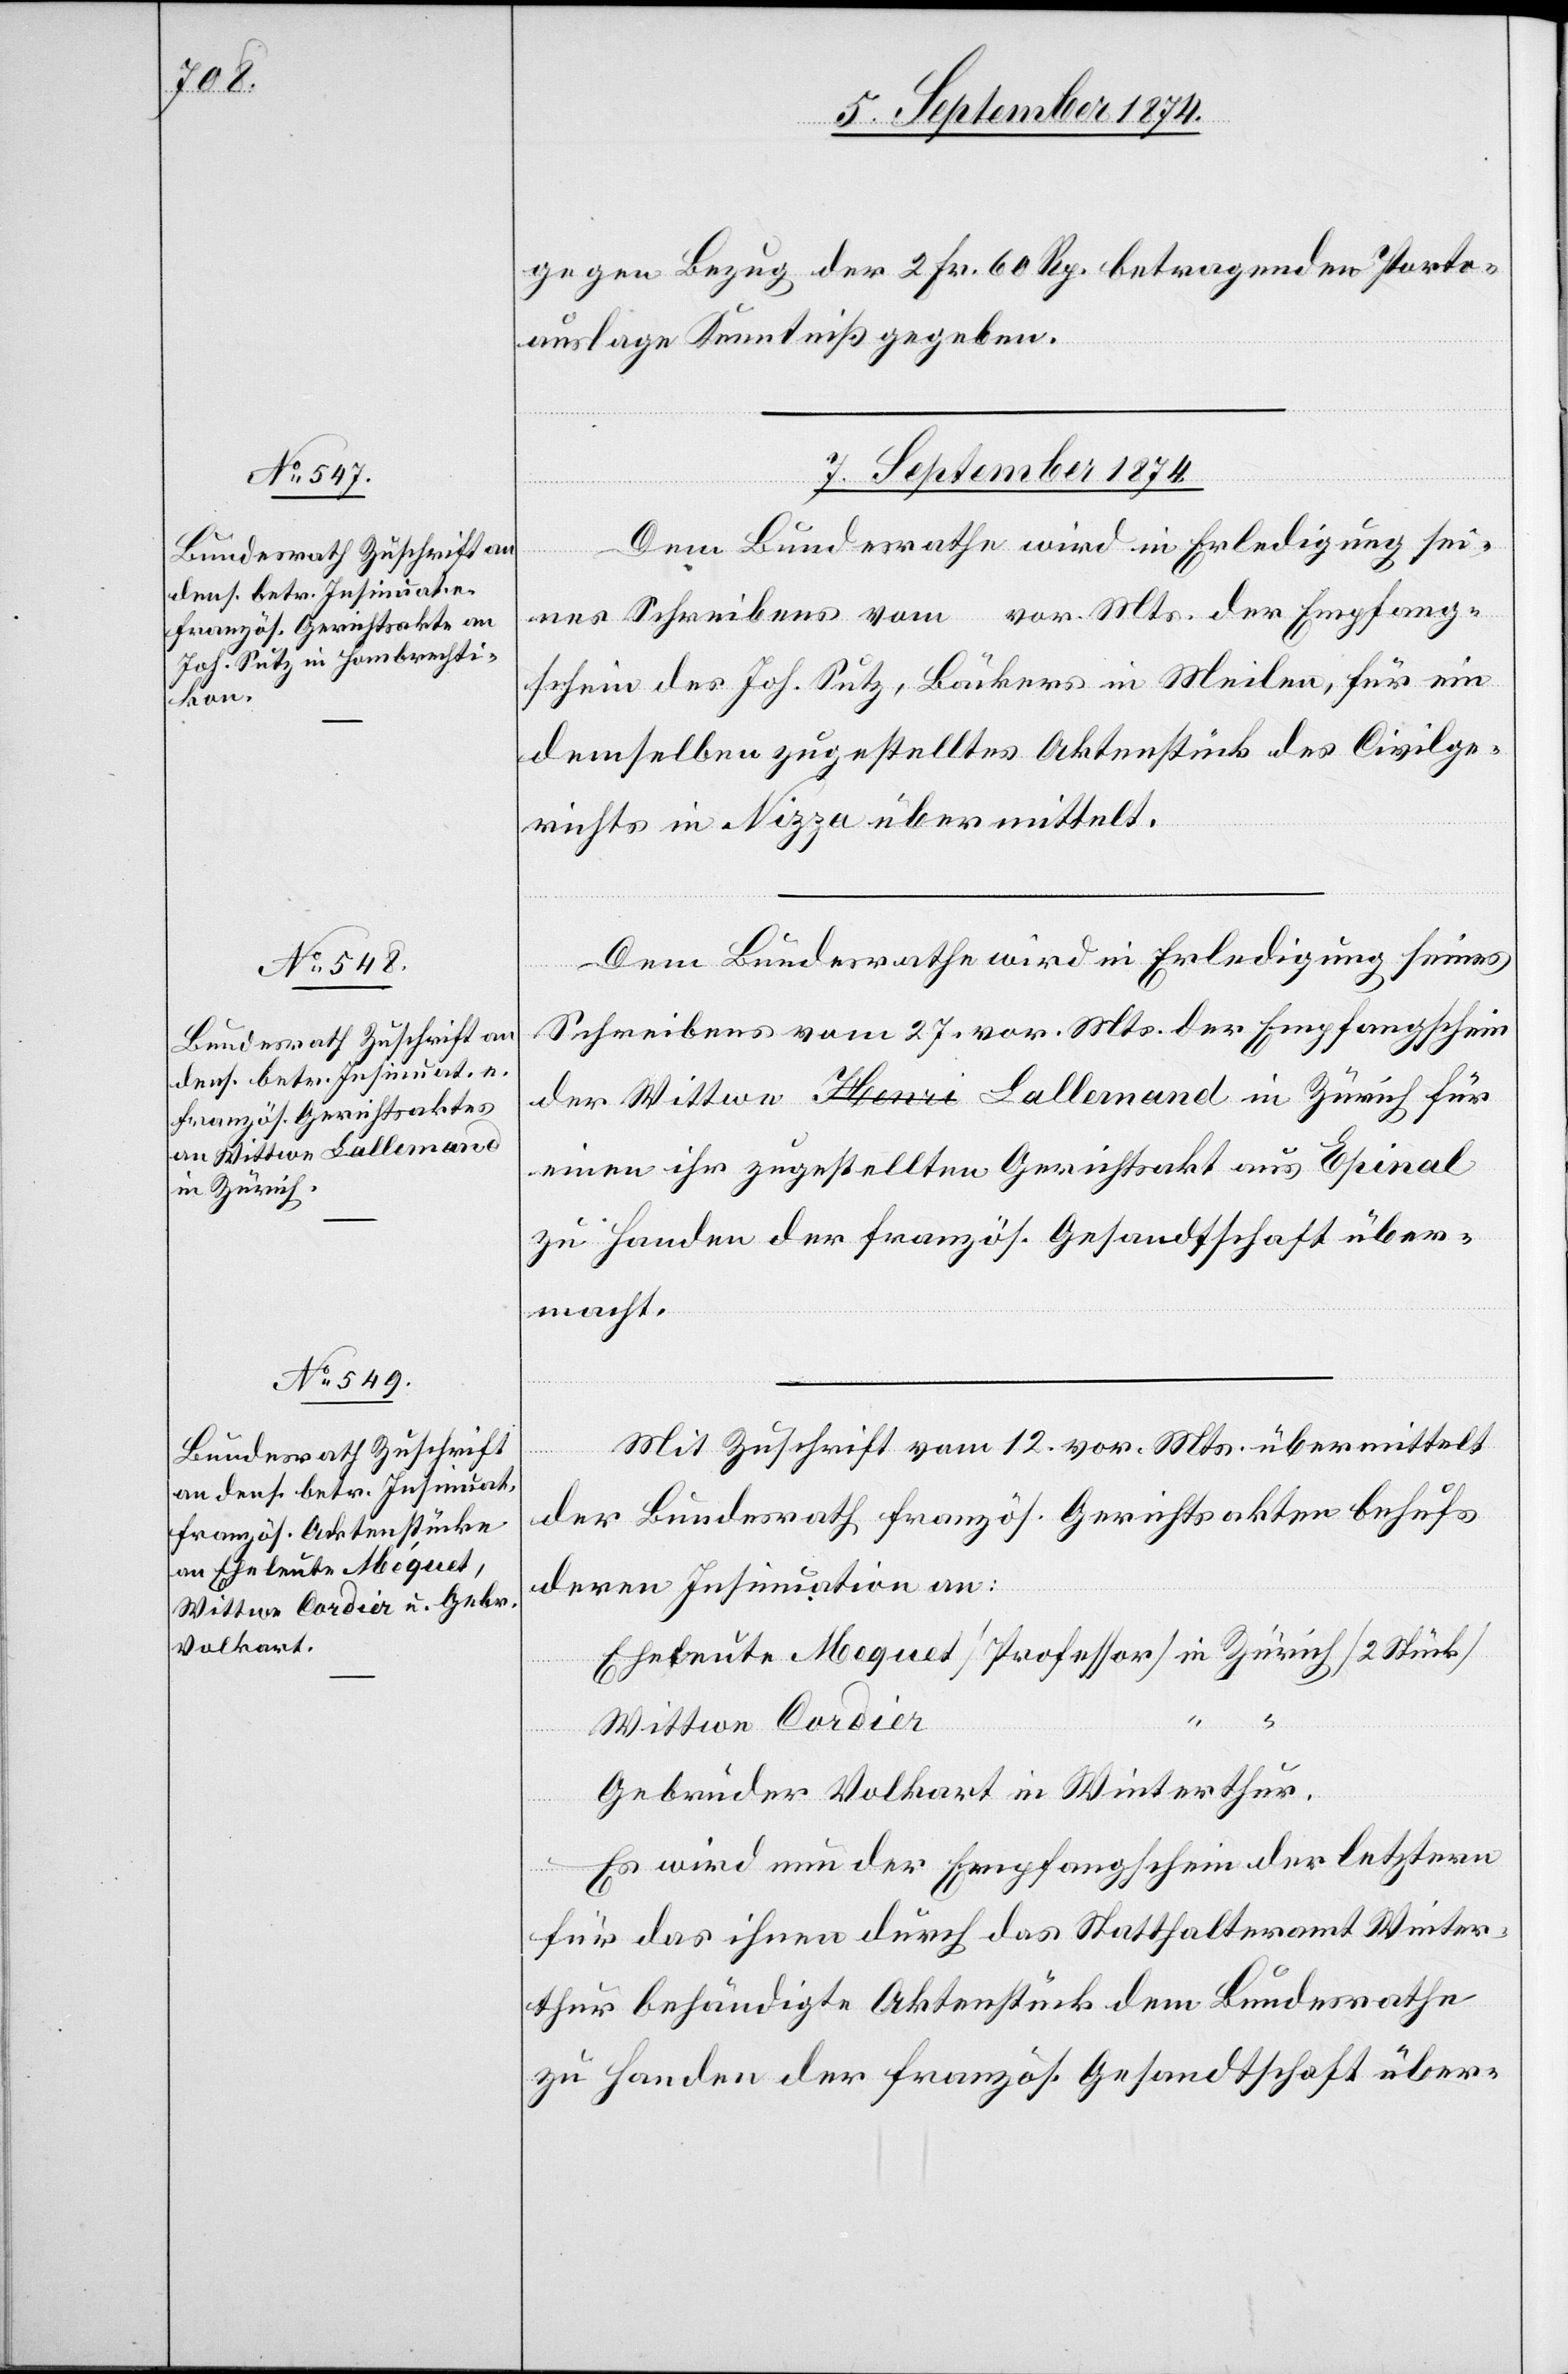
gegen Bezug der 2 Fr. 60 Rp. betragenden Porto¬
auslage Kenntniß gegeben.
7. September 1874.]
Dem Bundesrathe wird in Erledigung sei¬
nes Schreibens vom vor. Mts. der Empfang¬
schein des Joh. Sutz, Bäckers in Meilen, für ein
demselben zugestelltes Aktenstück des Civilge¬
richts in Nizza übermittelt.
Dem Bundesrathe wird in Erledigung seines
Schreibens vom 27. vor. Mts. der Empfangschein
der Wittwe a-Henri-a Lallemand in Zürich für
einen ihr zugestellten Gerichtsakt aus Epinal
zu Handen der französ. Gesandtschaft über¬
macht.
Mit Zuschrift vom 12. vor. Mts. übermittelt
der Bundesrath französ. Gerichtsakten behufs
Eheleute Mequet
deren Insinuation an:
Volkart
Wittwe Cordier
Es wird nun der Empfangschein der letztern
für das ihnen durch das Statthalteramt Winter¬
thur behändigte Aktenstück dem Bundesrathe
zu Handen der französ. Gesandtschaft über-